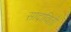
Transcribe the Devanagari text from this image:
सादाविती